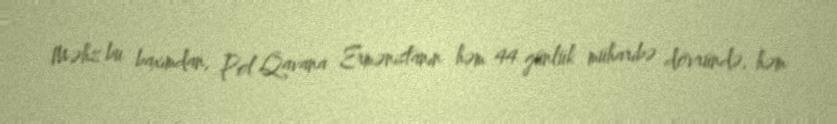
Məhz bu baxımdan, Pol Qavana Ermənistanın həm 44 günlük müharibə dövründə, həm